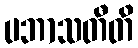
ပဘာသတီတိ